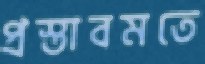
প্রস্তাবমতে